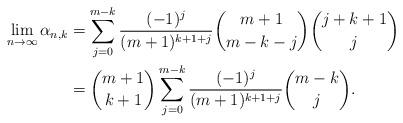
LaTeX: \begin{align*} \lim_{n\to\infty} \alpha_{n, k}&= \sum_{j=0}^{m-k} \frac{ (-1)^j}{(m+1)^{k+1+j}} {m+1 \choose m-k - j } {j + k +1 \choose j} \\&= {m+1 \choose k+1} \sum_{j=0}^{m-k} \frac{ (-1)^j}{(m+1)^{k+1+j}} {m-k \choose j } .\end{align*}